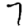
Digit: 7